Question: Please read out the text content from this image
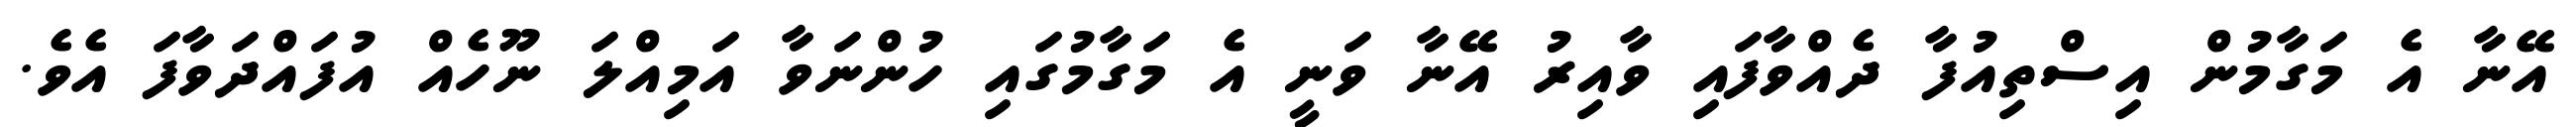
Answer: އޭނާ އެ މަގާމުން އިސްތިއުފާ ދެއްވާފައި ވާއިރު އޭނާ ވަނީ އެ މަގާމުގައި ހުންނަވާ އަމިއްލަ ނޫހެއް އުފައްދަވާފަ އެވެ.